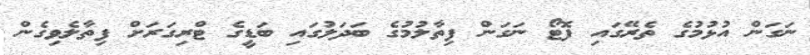
ނަގަން އުޅުމުގެ ތެރޭގައި ފޮޓޯ ނަގަން ފިތާލުމުގެ ބަދަލުގައި ބަޑީގެ ޓްރިގަރަަށް ފިތާލެވިގެން